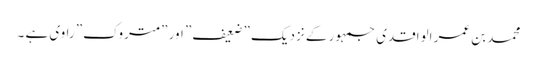
محمد بن عمر الواقدی جمہور کے نزدیک ”ضعیف” اور ”متروک” راوی ہے ۔